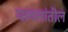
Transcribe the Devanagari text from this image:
पावसांतील